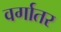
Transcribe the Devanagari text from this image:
वर्गातर